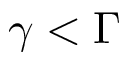
\gamma < \Gamma